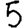
Digit: 5